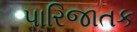
પારિજાતક